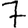
Digit: 7